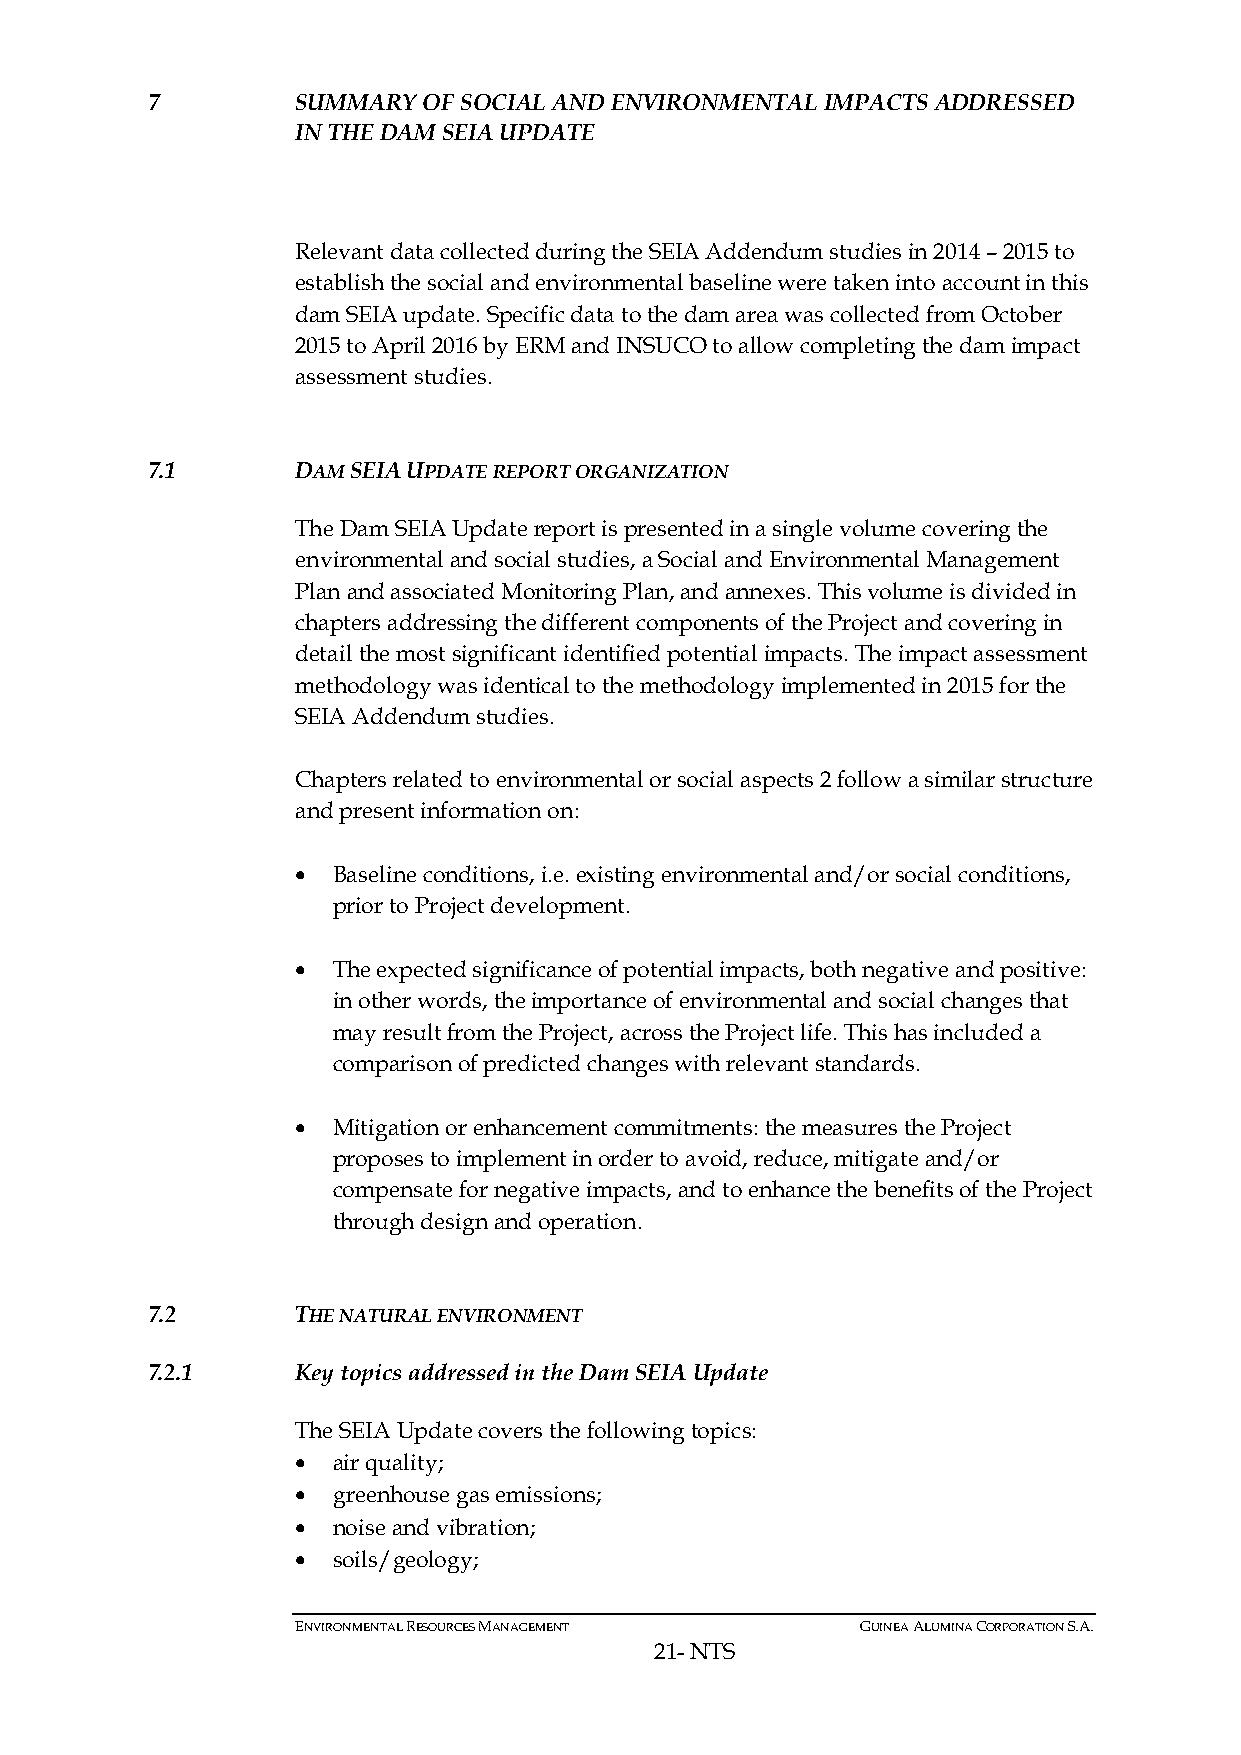
7         SUMMARY OF SOCIAL AND ENVIRONMENTAL IMPACTS ADDRESSED
 IN THE DAM SEIA UPDATE
 Relevant data collected during the SEIA Addendum studies in 2014 – 2015 to
 establish the social and environmental baseline were taken into account in this
 dam SEIA update. Specific data to the dam area was collected from October
 2015 to April 2016 by ERM and INSUCO to allow completing the dam impact
 assessment studies.
 7.1       DAM SEIA UPDATE REPORT ORGANIZATION
 The Dam SEIA Update report is presented in a single volume covering the
 environmental and social studies, a Social and Environmental Management
 Plan and associated Monitoring Plan, and annexes. This volume is divided in
 chapters addressing the different components of the Project and covering in
 detail the most significant identified potential impacts. The impact assessment
 methodology was identical to the methodology implemented in 2015 for the
 SEIA Addendum studies.
 Chapters related to environmental or social aspects 2 follow a similar structure
 and present information on:
 • Baseline conditions, i.e. existing environmental and/or social conditions,
 prior to Project development.
 • The expected significance of potential impacts, both negative and positive:
 in other words, the importance of environmental and social changes that
 may result from the Project, across the Project life. This has included a
 comparison of predicted changes with relevant standards.
 • Mitigation or enhancement commitments: the measures the Project
 proposes to implement in order to avoid, reduce, mitigate and/or
 compensate for negative impacts, and to enhance the benefits of the Project
 through design and operation.
 7.2       THE NATURAL ENVIRONMENT
 7.2.1     Key topics addressed in the Dam SEIA Update
 The SEIA Update covers the following topics:
 • air quality;
 • greenhouse gas emissions;
 • noise and vibration;
 • soils/geology;
 ENVIRONMENTAL RESOURCES MANAGEMENT   GUINEA ALUMINA CORPORATION S.A.
 21- NTS